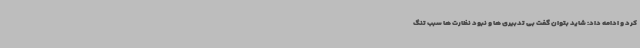
کرد و ادامه داد: شاید بتوان گفت بی تدبیری ها و نبود نظارت ها سبب تنگ